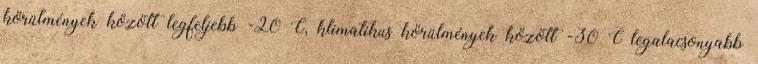
körülmények között legfeljebb -20°C, klimatikus körülmények között -30°C legalacsonyabb